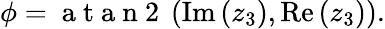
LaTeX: \phi=\mathrm{~a~t~a~n~2~}\left(\operatorname{Im}\left(z_{3}\right),\operatorname{Re}\left(z_{3}\right)\right).